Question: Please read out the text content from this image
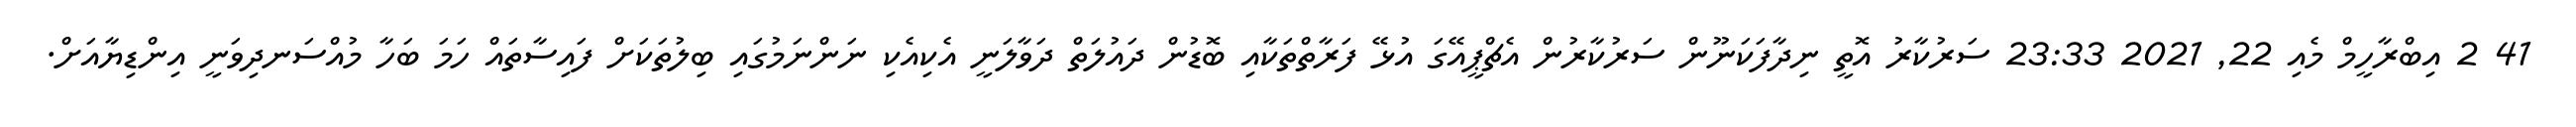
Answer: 41 2 އިބްރާހީމް މެއި 22, 2021 23:33 ސަރުކާރު އޮތީ ނިދާފަކަނޫން ސަރުކާރުން އެޗްޕީއޭގަ އުޅޭ ފަރާތްތަކާއި ބޮޑުން ދައުލަތް ދަވާލަނީ އެކިއެކި ނަންނަމުގައި ބިލުތަކަށް ފައިސާތައް ހަމަ ބަހާ މުއްސަނދިވަނީ އިންޑިޔާއަށް.